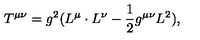
T ^ { \mu \nu } = g ^ { 2 } ( L ^ { \mu } \cdot L ^ { \nu } - \frac { 1 } { 2 } g ^ { \mu \nu } L ^ { 2 } ) ,